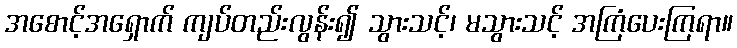
အစောင့်အရှောက် ကျပ်တည်းလွန်း၍ သွားသင့်၊ မသွားသင့် အကြံပေးကြရာ။